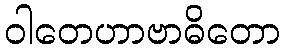
ဝါတေဟာဗာဓိတော